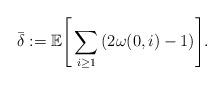
LaTeX: \begin{align*} \bar{\delta}:=\mathbb{E}\Bigg[\sum_{i\geq1}{(2\omega(0,i)-1)}\Bigg]. \end{align*}